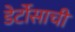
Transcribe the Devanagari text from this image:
डेर्टोसाची